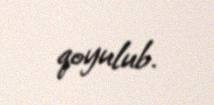
qoyulub.